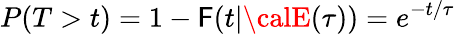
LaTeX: P(T>t)=1-\mathsf{F}(t|{\calE}(\tau))=e^{-t/\tau}